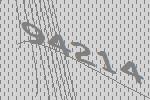
94214